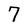
Character: 7